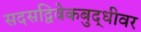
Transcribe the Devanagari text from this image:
सदसद्विवेकबुद्धीवर